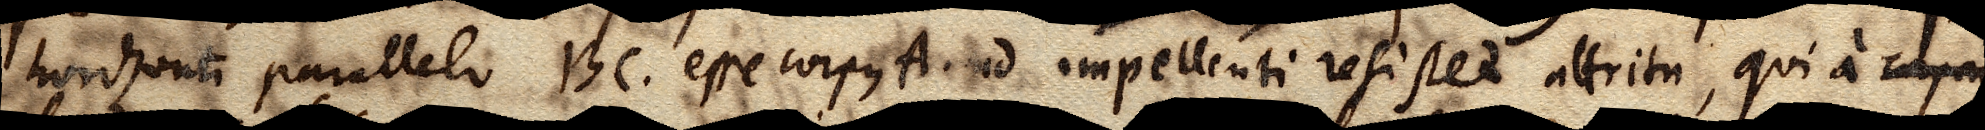
horizonti parallelo BC esse corpus A. ad impellenti resistet attritu, qui a impe